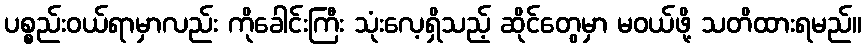
ပစ္စည်းဝယ်ရာမှာလည်း ကိုခေါင်းကြီး သုံးလေ့ရှိသည့် ဆိုင်တွေမှာ မဝယ်ဖို့ သတိထားရမည်။